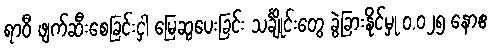
ရာဝီ ဖျက်ဆီးစေခြင်းငှါ မြေဆွပေးခြင်း သင်္ချိုင်းတွေ ခွဲခြားနိုင်မှု ၀.၀၂၅ နောဧ